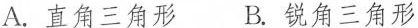
A.直角三角形 B.锐角三角形